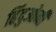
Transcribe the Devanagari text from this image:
हिंदुओनी